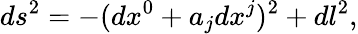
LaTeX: ds^{2}=-(dx^{0}+a_{j}dx^{j})^{2}+dl^{2},